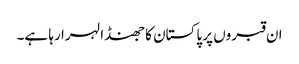
ان قبروں پر پاکستان کا جھنڈا لہرا رہا ہے۔